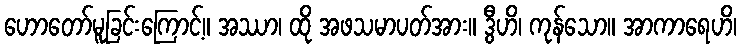
ဟောတော်မူခြင်းကြောင့်။ အဿာ၊ ထို အဖသမာပတ်အား။ ဒွီဟိ၊ ကုန်သော။ အာကာရေဟိ၊